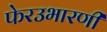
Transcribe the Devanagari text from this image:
फेरउभारणी